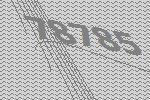
78785